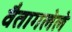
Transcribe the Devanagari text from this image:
वैतागलेले